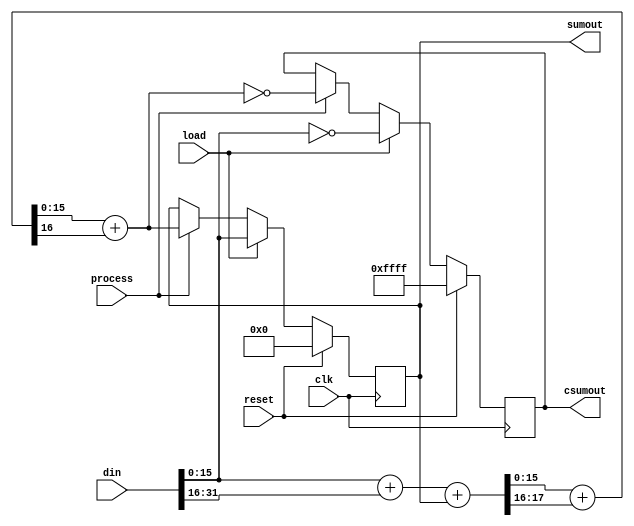
module InternetChecksum32bit#(
	parameter RESET_VALUE = 16'h0000
)(
	input wire			clk,
	input wire			load,
	input wire			reset,
	input wire			process,
	input wire[31:0]	din,
	output reg[15:0]	sumout	= 0,
	output reg[15:0]	csumout	= 0
	);

	////////////////////////////////////////////////////////////////////////////////////////////////
	// Checksum computation

	wire[17:0]	sumout_temp  = din[15:0] + din[31:16] + sumout;			//first stage of summation
	wire[16:0]	sumout_temp2 = sumout_temp[15:0] + sumout_temp[17:16];	//second stage, extra bit to catch carries
	wire[15:0]	sumout_temp3 = sumout_temp2[15:0] + sumout_temp2[16];	//add in the carry, if there is one
																		//(should not be possible to carry out here)

	always @(posedge clk) begin

		if(reset) begin
			sumout	<= RESET_VALUE;
			csumout	<= ~RESET_VALUE;
		end

		else if(load) begin
			sumout	<= din[15:0];
			csumout	<= ~din[15:0];
		end

		else if(process) begin
			sumout	<= sumout_temp3;
			csumout	<= ~sumout_temp3;
		end

	end

endmodule